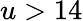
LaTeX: u>14